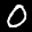
Label: 0